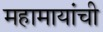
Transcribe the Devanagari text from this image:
महामायांची